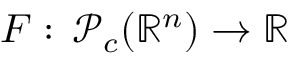
F : \, \mathcal P _ { c } ( \mathbb { R } ^ { n } ) \to \mathbb { R }